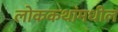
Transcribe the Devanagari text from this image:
लोककथांमधील